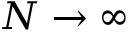
N \rightarrow \infty